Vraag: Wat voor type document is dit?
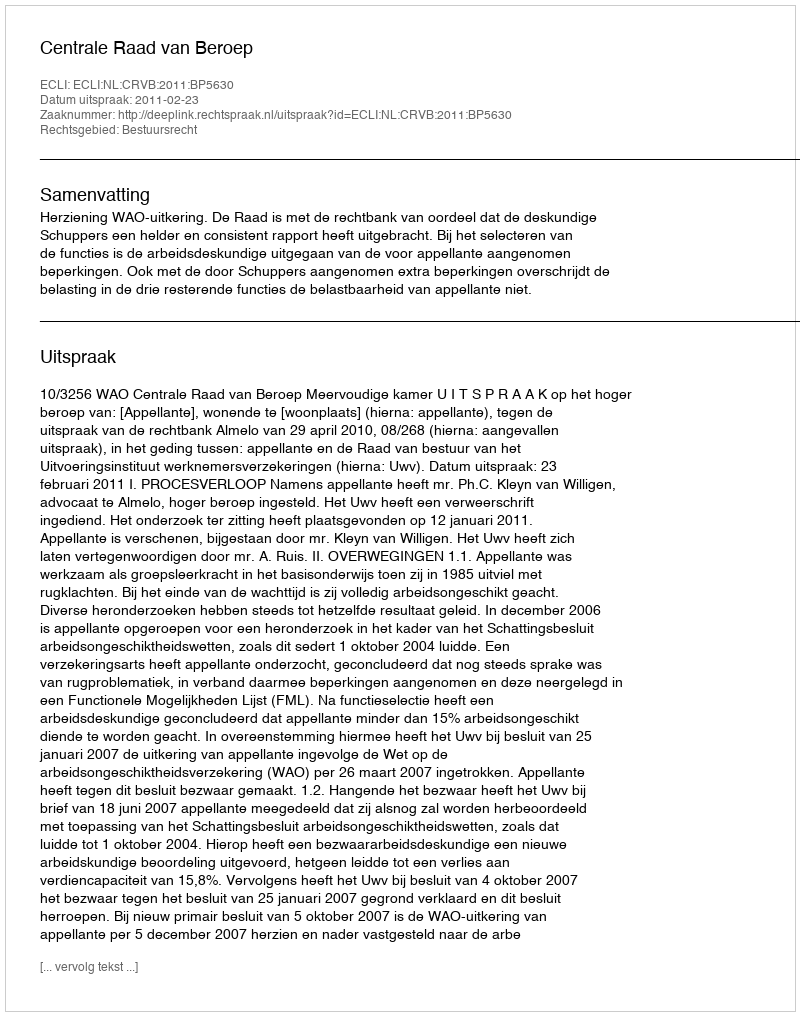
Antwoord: Uitspraak